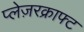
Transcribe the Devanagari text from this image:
प्लेज़रक्राफ्ट